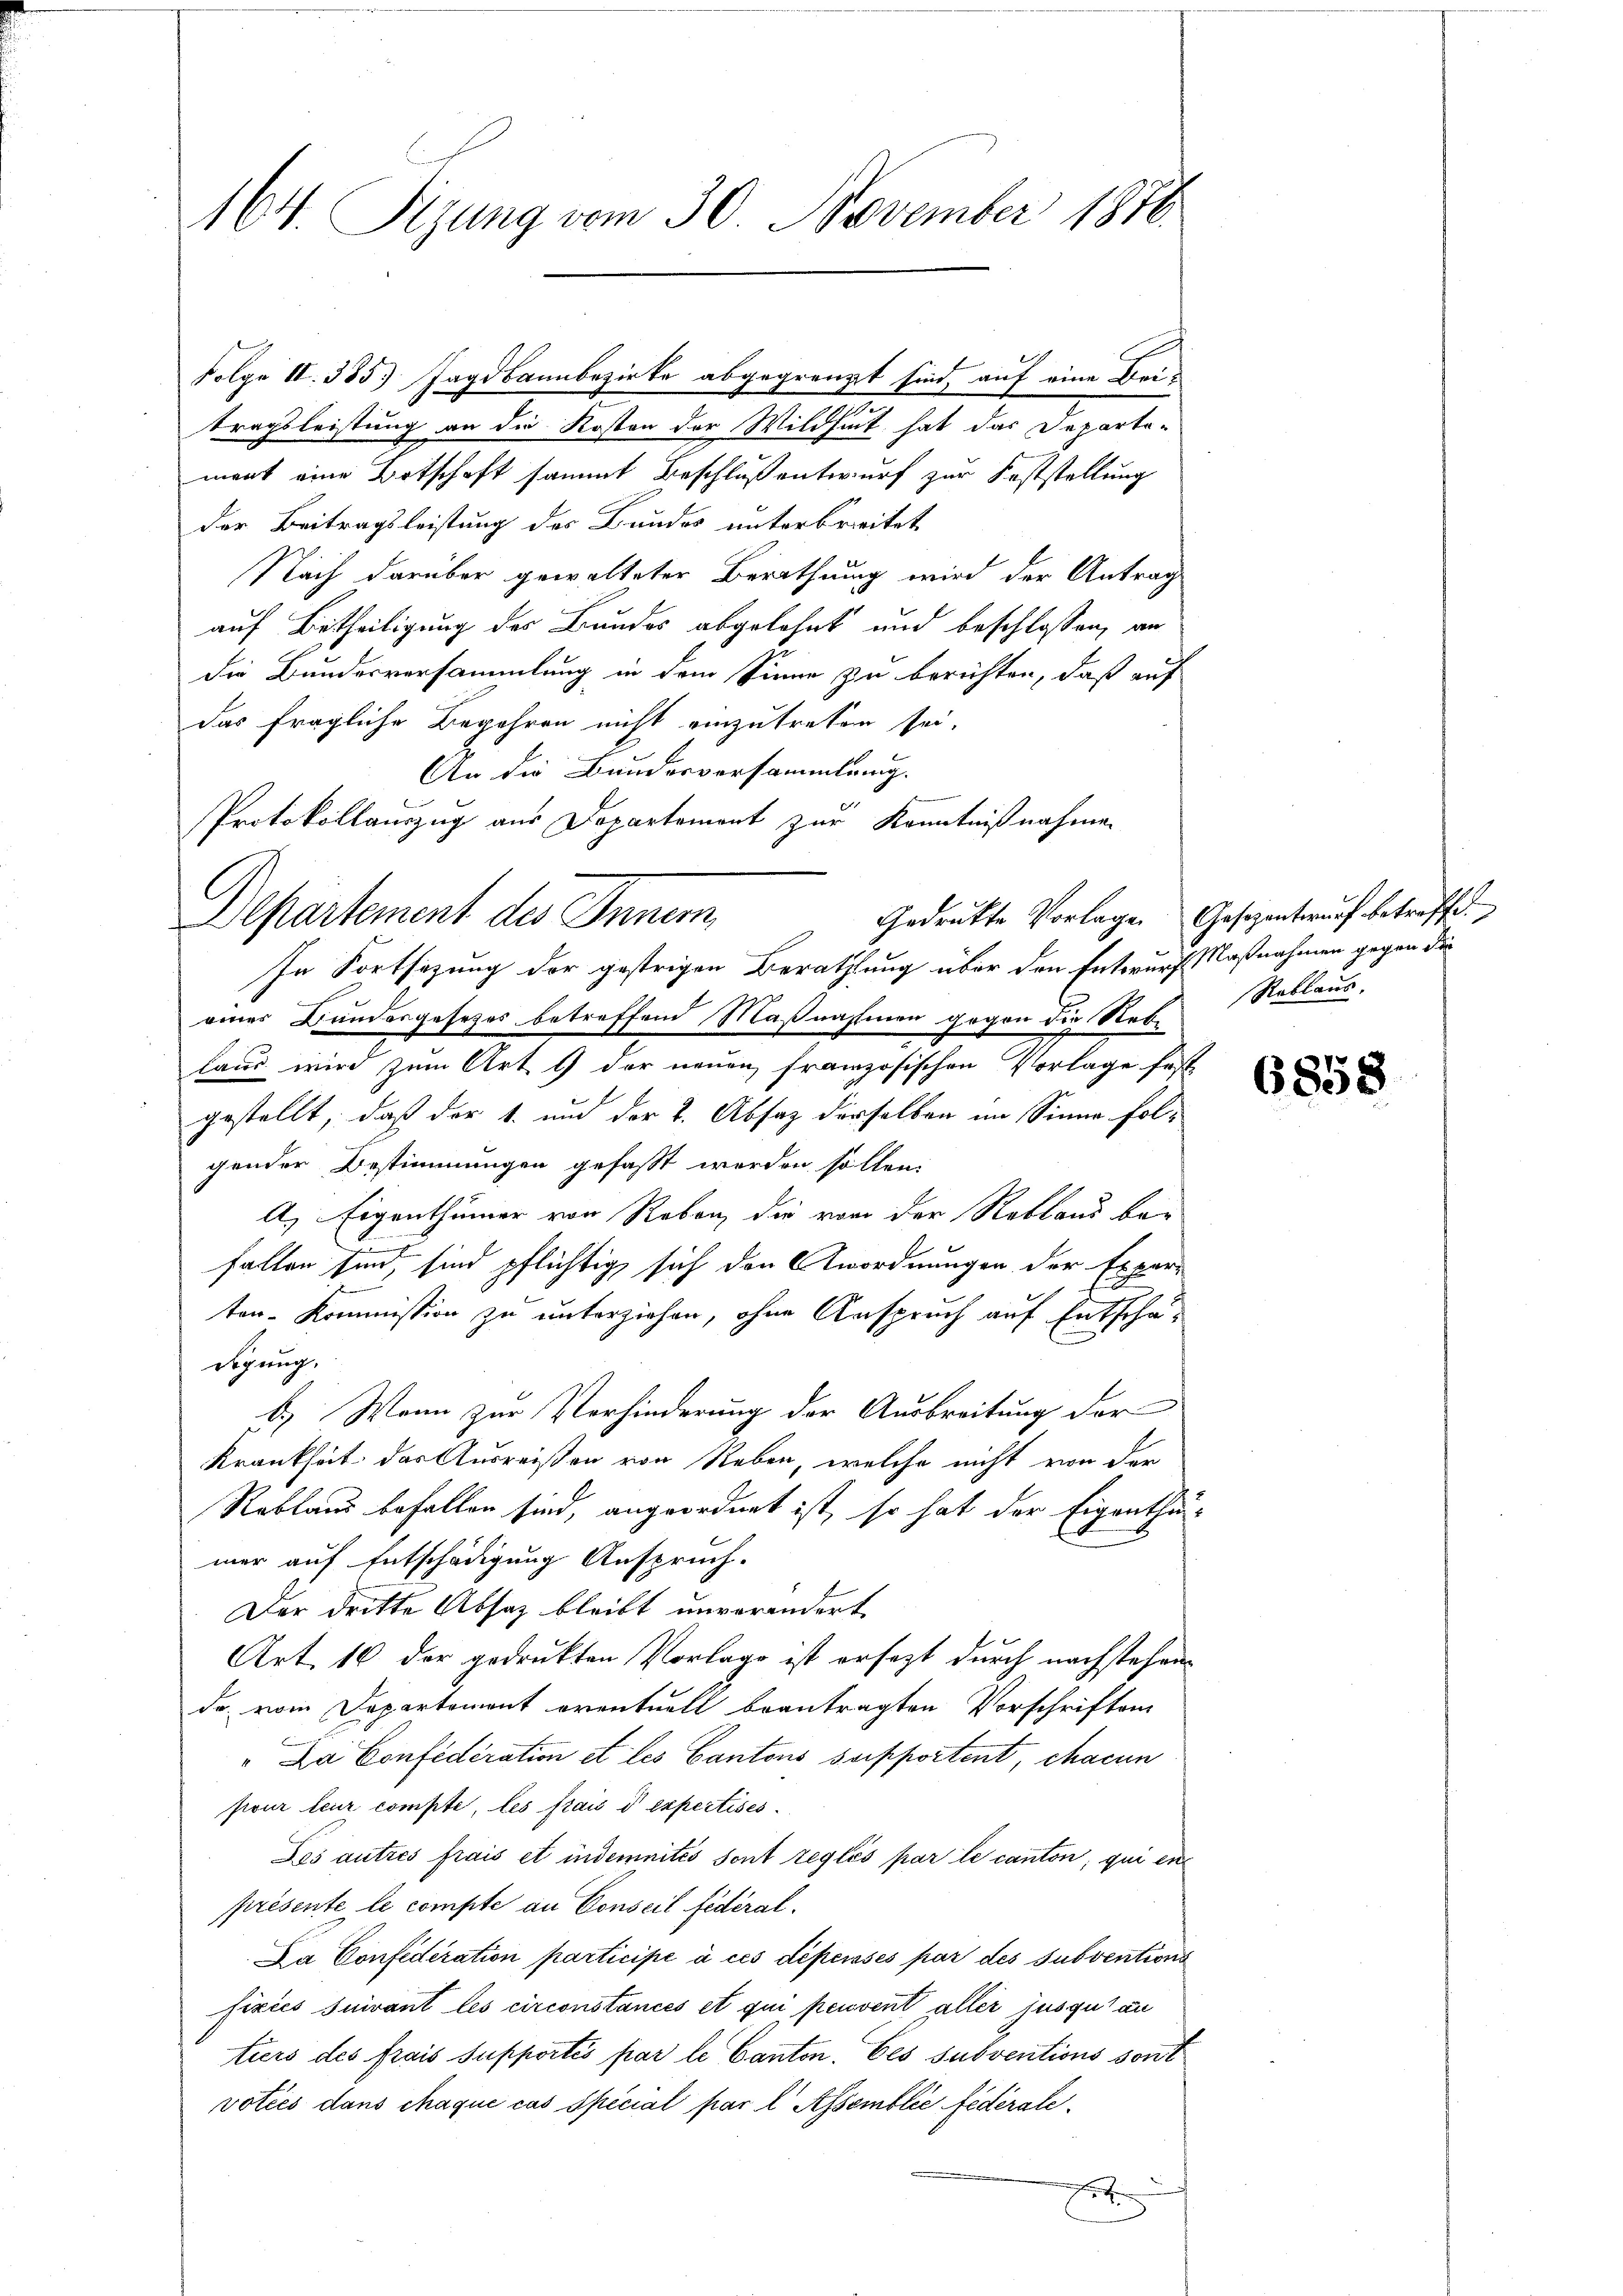
164. Sizung vom 30. November 1876.

tragsleistung an die Kosten der Wildhet hat das Departe-
mont eine Ortschaft sammt Beschluß entwurf zur Feststellung
der Beitragsleistung des Bundes unterbreitet,
Nach darüber gewalteter Berathung wird der Antrag
auf Betheiligung des Bundes abgelohnt und beschlossen, an
die Bundesversammlung in dem Sinne zu berichten, daß auf
das fragliche Begehren nicht einzutreten sei.
An die Bundesvorsammlung.
Protokollauszug aus Departement zur Kenntnißnahmen
In Fortsetzung der gestrigen Berathung über den Entwurf Maßnahmen gegen die
eines Bundesgesetzes betreffend Maßnahmen gegen die Reb-
laus wird zum Art & der neuen französischen Vorlage fest
gestellt, daß der 1. und der 2. Absaz derselben im Sinne folgender Bestimmungen gefaßt werden sollen.
A, Eigenthümer von Reben, die von der Rebland be-
fallen sind, sind pflichtig sich den Anordnungen der Experten-Kommission zu unterziehen, ohne Anspruch auf Entschädigung.
b.) Wenn zur Verhinderung der Ausbreitung der
Krankheit, das Ausreißen von Reben, welche nicht von der
Reblaus befallen sind, angeordnet ist, so hat der Eigenthu
mer auf Entschädigung Anspruch.
Der dritte Absatz bleibt unverändert
Art. 16 der gedrukten Vorlage ist ersezt durch nachstehende, vom Departement eventuell beantragten Vorschriften
"Da Confederation et les Cantons supportent, chacun
four leur compte, les frais d expertises
Jes autres frais et indemnités sont réglés par le canton, qui en
présente le compte an Conseil fédéral.
Da Confederation participe à ces dépensés par des subventions
fixiés suivant les circonstances et qui peuvent aller jusqu’au
tiers des frais supportés par le Canton. Les subventions sont
voties dans chaque cas spécial par l Assemblée fédérale
2

Folge II. 385.) Jagdbannbezirke abgegrenzt sind, auf eine Bei¬

Departement des Inner
Gedrukte Vorlage.

Gesezentwurf betreffe.
Reblaus.

6858